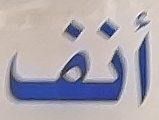
أنف